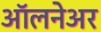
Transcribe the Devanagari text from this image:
ऑलनेअर